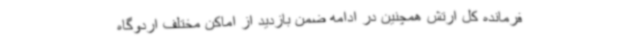
فرمانده کل ارتش همچنین در ادامه ضمن بازدید از اماکن مختلف اردوگاه